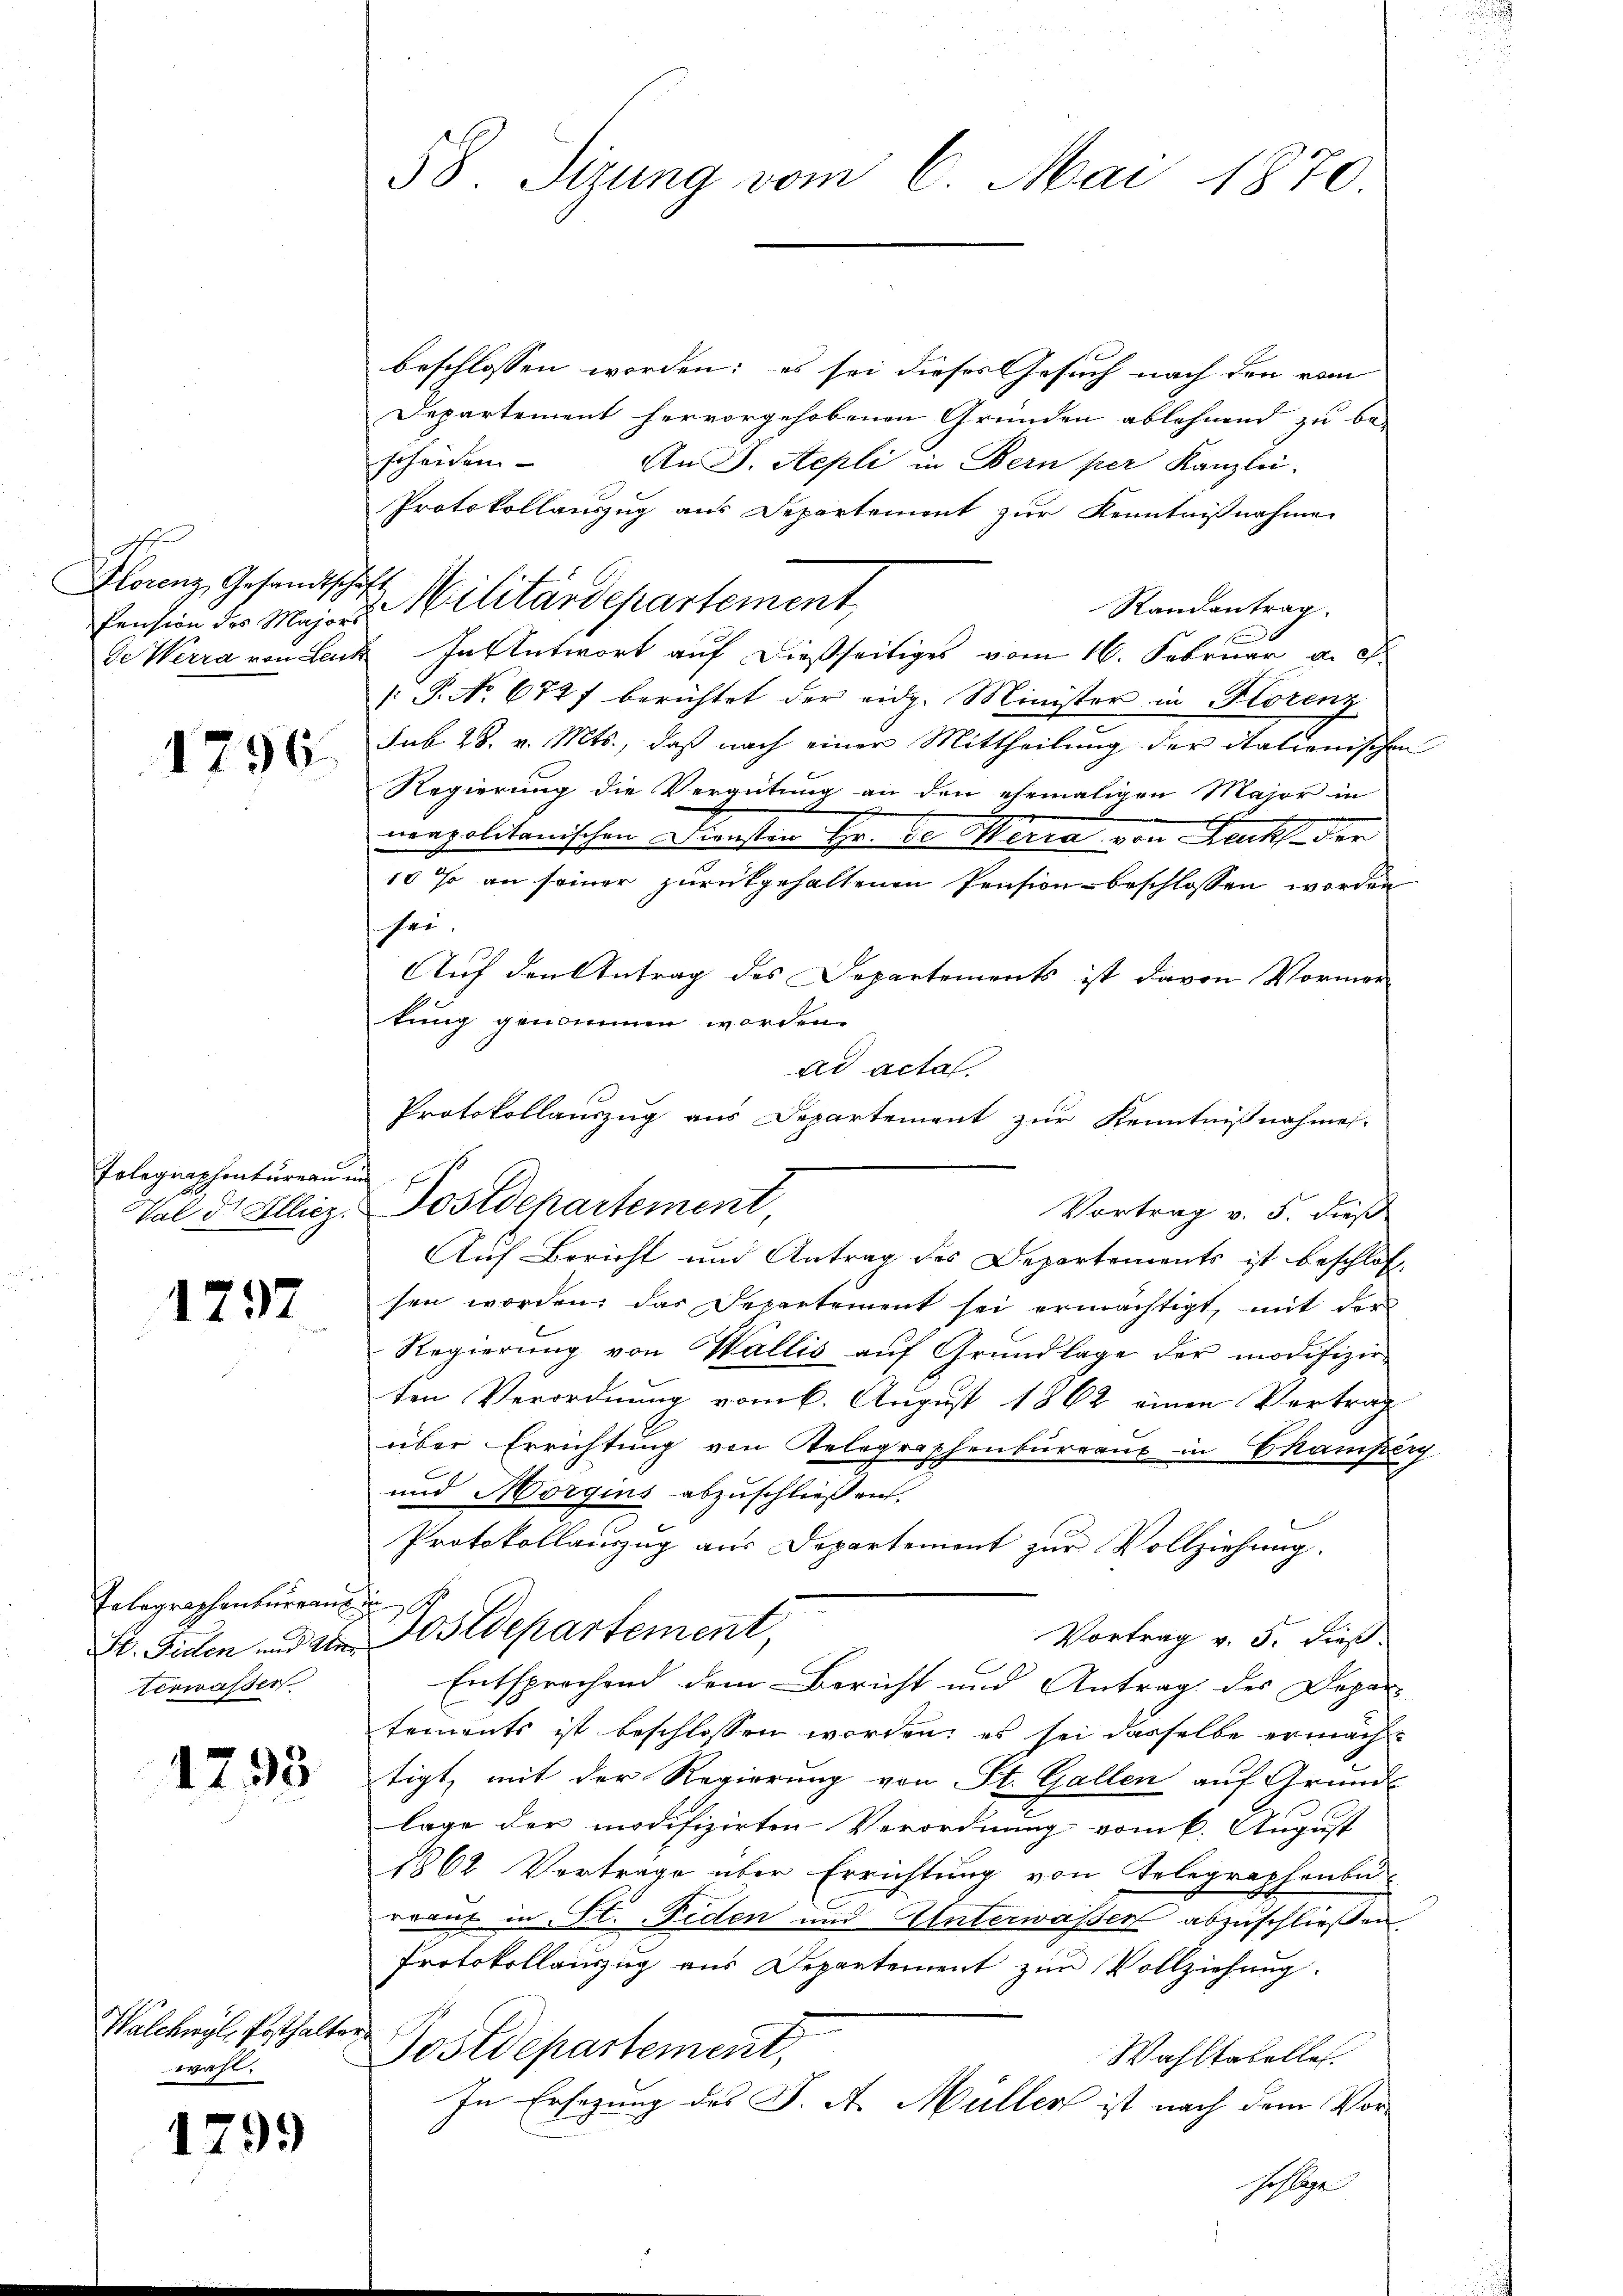
2
Florenz, Gesandtsche,
Pension des Majors
de Werra von Leus

1796.

Tolegraphenbureau un

1797

Telegraphenbureau
H. Fiden und Un
Verwasser

1795.

Walchwyl, Posthalter
ahe.

1799

58. Sizung vom 6. Mai 1870

beschlossen worden; es sei dieses Gesuch nach den vom
Departement hervorgehobenen Gründen ablehnend zu be-
scheiden
An D. Repli in Bern per Kanzlei.
Protokollauszug aus Departement zur Kenntnißnahme
E
2 Militärdepartement,
Randantrag.
In Antwort auf dießseitiges vom 16. Februar a. S.
s: P. No. 674 berichtet der eidg. Minister in Florenz
sub 28. v. Mts., daß nach einer Mittheilung der itationischen
Regierung die Vergütung an den ehemaligen Major in
e
.
neapolitanischen Diensten Hr. Je Werra von Druck der
10 so an seiner zurückgehaltenen Pension beschlossen worden
sei.
Auf den Antrag des Departements ist davon Vormor
tung genommen worden.
ad acta
Vortrag v. 5. dieß
Auf Bericht und Antrag des Departements ist beschloßsen worden, das Departement sei ermächtigt, mit der
Regierŭng von Wallis aŭf Grŭndlage der modifizier-
ten Verordnung vom 6. August 1862 einen Vertrag
über Errichtung von Telegraphenburraus in Champerg
und Morgins abzuschließen.
Protokollauszug aus Departement zur Vollziehung.
fun S
Postdepartement
Vortrag v. 5. dieß.
Entsprechend dem Bericht und Antrag des Depar-
tements ist beschlossen worden; es sei dasselbe ermacht
tigt, mit der Regierung von St. Gallen auf Grunds
lage der modifizirten Verordnung vom 6. August
1864 Vorträge über Errichtung von Telegraphenbu
rrant in St. Niden und Unterwassen abzuschließen.
Protokollanzzug aus Departement zur Vollziehung.
Postdepartement,
Wahltabelles.
In Ersezung des J. A. Müller ist nach dem Vorhoflage

Val d. Elliz. Postdepartement

Protokollauszug aus Departement zur Kenntnißnahmes-